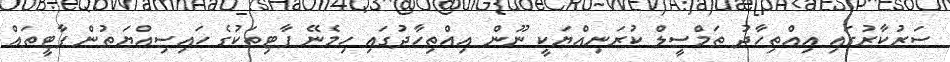
ސަރުކާރުގައި އިއްތިހާދު ތަމްސީލް ކުރަނިއްޔަކީ ނޫން އިއްތިހާދުގައި ހިމެނޭ ޕާޓިތަކުގެ ހައިސިއްޔަތުން ޕާޓީތައް